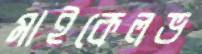
মাইকেলভ